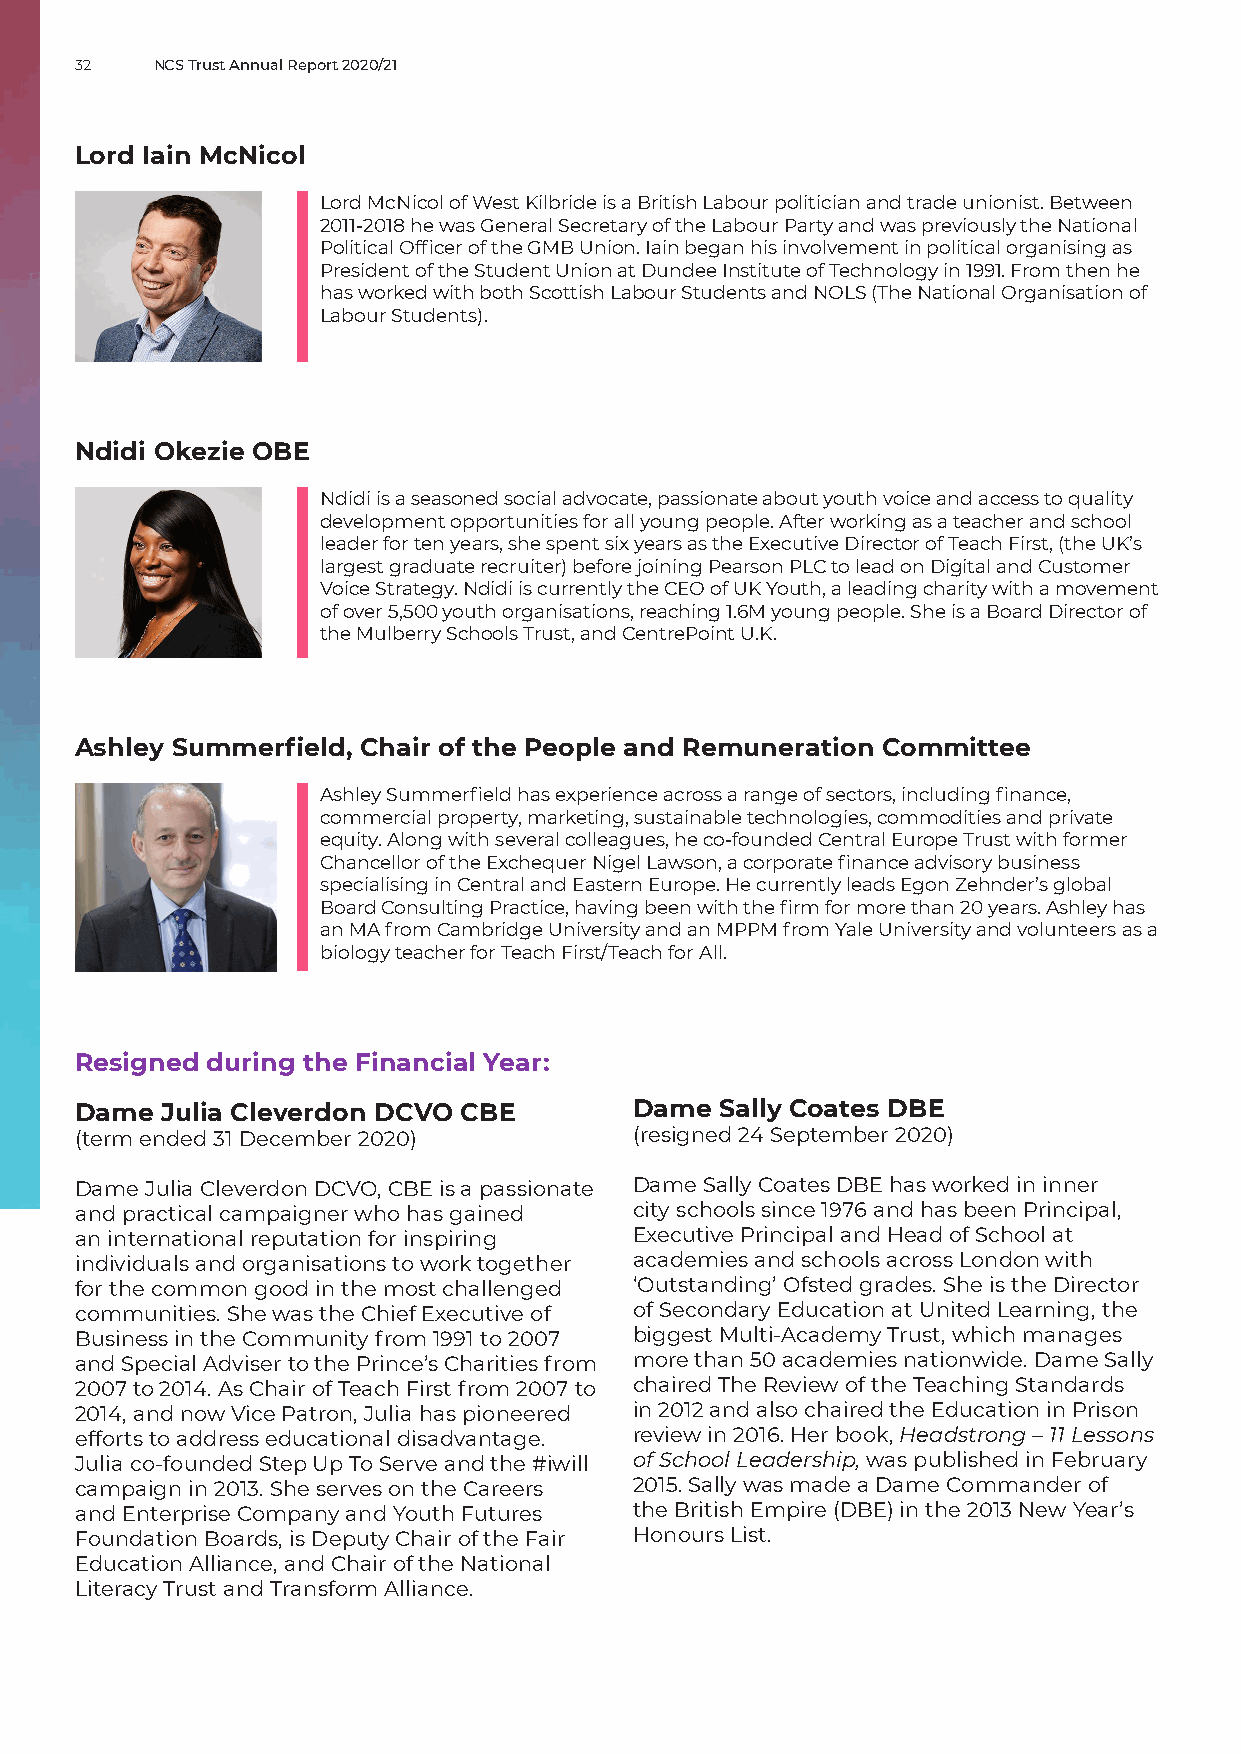
32   NCS Trust Annual Report 2020/21
 Lord Iain McNicol
 Lord McNicol of West Kilbride is a British Labour politician and trade unionist. Between
 2011-2018 he was General Secretary of the Labour Party and was previously the National
 Political Officer of the GMB Union. Iain began his involvement in political organising as
 President of the Student Union at Dundee Institute of Technology in 1991. From then he
 has worked with both Scottish Labour Students and NOLS (The National Organisation of
 Labour Students).
 Ndidi Okezie OBE
 Ndidi is a seasoned social advocate, passionate about youth voice and access to quality
 development opportunities for all young people. After working as a teacher and school
 leader for ten years, she spent six years as the Executive Director of Teach First, (the UK’s
 largest graduate recruiter) before joining Pearson PLC to lead on Digital and Customer
 Voice Strategy. Ndidi is currently the CEO of UK Youth, a leading charity with a movement
 of over 5,500 youth organisations, reaching 1.6M young people. She is a Board Director of
 the Mulberry Schools Trust, and CentrePoint U.K.
 Ashley Summerfield, Chair of the People and Remuneration Committee
 Ashley Summerfield has experience across a range of sectors, including finance,
 commercial property, marketing, sustainable technologies, commodities and private
 equity. Along with several colleagues, he co-founded Central Europe Trust with former
 Chancellor of the Exchequer Nigel Lawson, a corporate finance advisory business
 specialising in Central and Eastern Europe. He currently leads Egon Zehnder’s global
 Board Consulting Practice, having been with the firm for more than 20 years. Ashley has
 an MA from Cambridge University and an MPPM from Yale University and volunteers as a
 biology teacher for Teach First/Teach for All.
 Resigned during the Financial Year:
 Dame  Julia Cleverdon DCVO CBE       Dame  Sally Coates DBE
 (term ended 31 December 2020)        (resigned 24 September 2020)
 Dame Julia Cleverdon DCVO, CBE is a passionate Dame Sally Coates DBE has worked in inner
 and practical campaigner who has gained city schools since 1976 and has been Principal,
 an international reputation for inspiring Executive Principal and Head of School at
 individuals and organisations to work together academies and schools across London with
 for the common good in the most challenged ‘Outstanding’ Ofsted grades. She is the Director
 communities. She was the Chief Executive of of Secondary Education at United Learning, the
 Business in the Community from 1991 to 2007 biggest Multi-Academy Trust, which manages
 and Special Adviser to the Prince’s Charities from more than 50 academies nationwide. Dame Sally
 2007 to 2014. As Chair of Teach First from 2007 to chaired The Review of the Teaching Standards
 2014, and now Vice Patron, Julia has pioneered in 2012 and also chaired the Education in Prison
 efforts to address educational disadvantage. review in 2016. Her book, Headstrong – 11 Lessons
 Julia co-founded Step Up To Serve and the #iwill of School Leadership, was published in February
 campaign in 2013. She serves on the Careers 2015. Sally was made a Dame Commander of
 and Enterprise Company and Youth Futures the British Empire (DBE) in the 2013 New Year’s
 Foundation Boards, is Deputy Chair of the Fair Honours List.
 Education Alliance, and Chair of the National
 Literacy Trust and Transform Alliance.